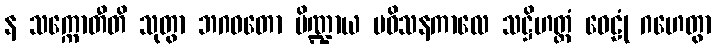
န သက္ကောတီတိ သုတွာ ဘဂဝတော ပိဏ္ဍာယ ပဝိသနကာလေ သဋ္ဌိဟတ္ထံ ဝေဠုံ ဂဟေတွာ